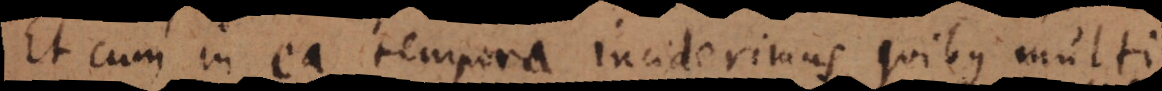
Et cum in ea tempora inciderimus, quibus multi